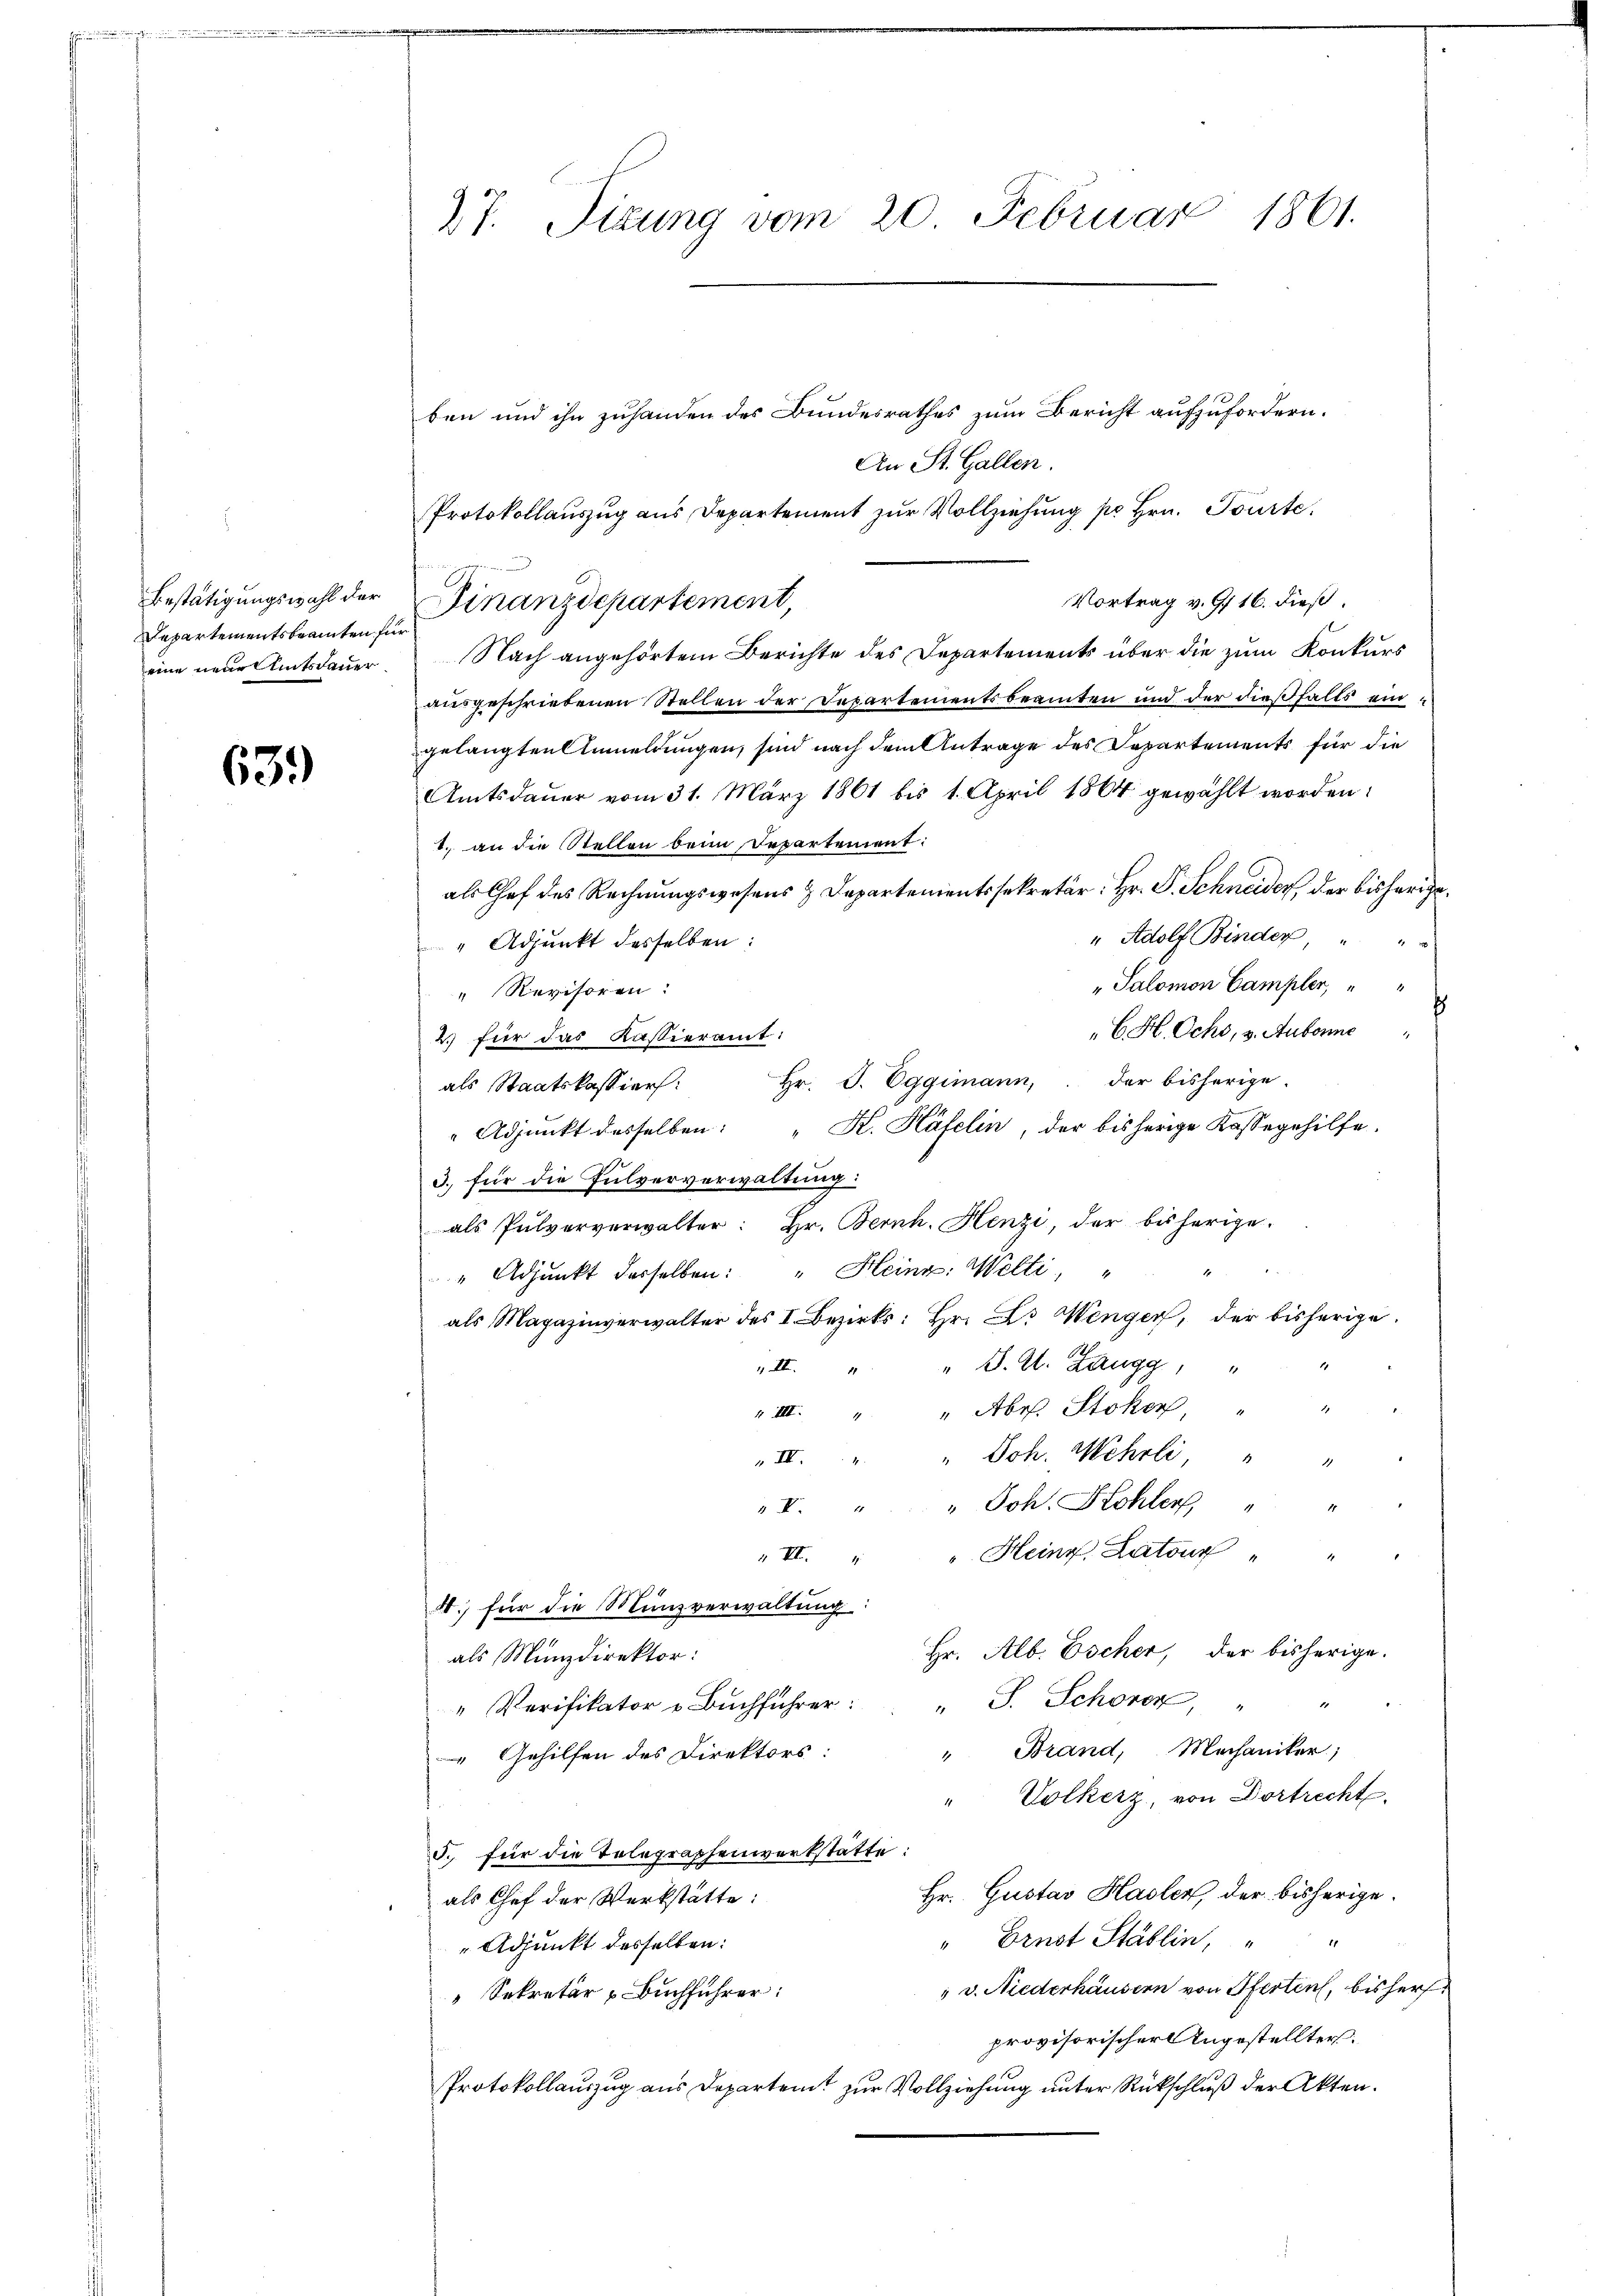
Departementsbeamten für

639)

27. Sitzung vom 20. Februar 1861.

ben und ihn zuhanden des Bundesrathes zum Bericht aufzufordern.
An St. Gallen.
Protokollauszug aus Departement zur Vollziehung pr Hrn. Tourte
Vortrag v. 9. 16. dieß
eine neue Amtsdauer. Nach angehörtem Berichte des Departements über die zum Konkurs
ausgeschriebenen Stellen der Departementsbeamten und der dießfalls eingelangten Anmeldungen, sind nach dem Antrage des Departements für die
Amtsdauer vom 31. März 1861 bis 1. April 1864 gewählt worden:
1. an die Stellen beim Departement:
als Chef des Rechnungswesens & Departementssekretär: Hr. P. Schneider, der bisherige¬
" Adolf Binder,
" Adjunkt desselben:
"Salomon Campler,
" Revisoren:
¬
C. H. Ochs, 3. Aubonne
2.) für das Kassieramt:
Hr. J. Eggimann, der bisherige.
als Staatskassiers:
" Adjunkt desselben: "K. Häfelin, der bisherige Kassegehilfe.
3. für die Pulververwaltung:
als Pulververwalter: Hr. Bernh. Henzi, der bisherige
1
" Heine Welti,
" Adjunkt desselben:
als Magazinverwalter des I. Bezirks: Hr. Dr. Wenger, der bisherige
III. " " S. A. Zaugg,
III. " " Abr. Stokon,
III. " " Joh. Wehrli, "
I. " " Joh. Kohler "
" Heinr. Latour "
v II 4
4.) für die Münzverwaltung:
Hr. Alb. Escher, der bisherige.
als Münzdirektor:
" Verifikator u Bŭchführer: " J. Schöner, " "
" Brand, Mechaniker;
 Gehilfen des Direktors:
Volkerz, von Dortrecht.
5. für die Telegraphenwerkstätte:
Hr. Gustav Hasler, der bisherige.
als Chef der Werkstätte:
" Ernst Stäblin,
1f.
" Adjunkt desselben:
 v. Niederhäusern von Pferten, bisher
Sekretär - Buchführer:
provisorischer Ungestellter.
Protokollauszug aus Departent zur Vollziehung unter Rückschluß der Akten.

Bestätigungswahl der Finanzdepartement,